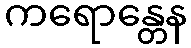
ကရောန္တေန